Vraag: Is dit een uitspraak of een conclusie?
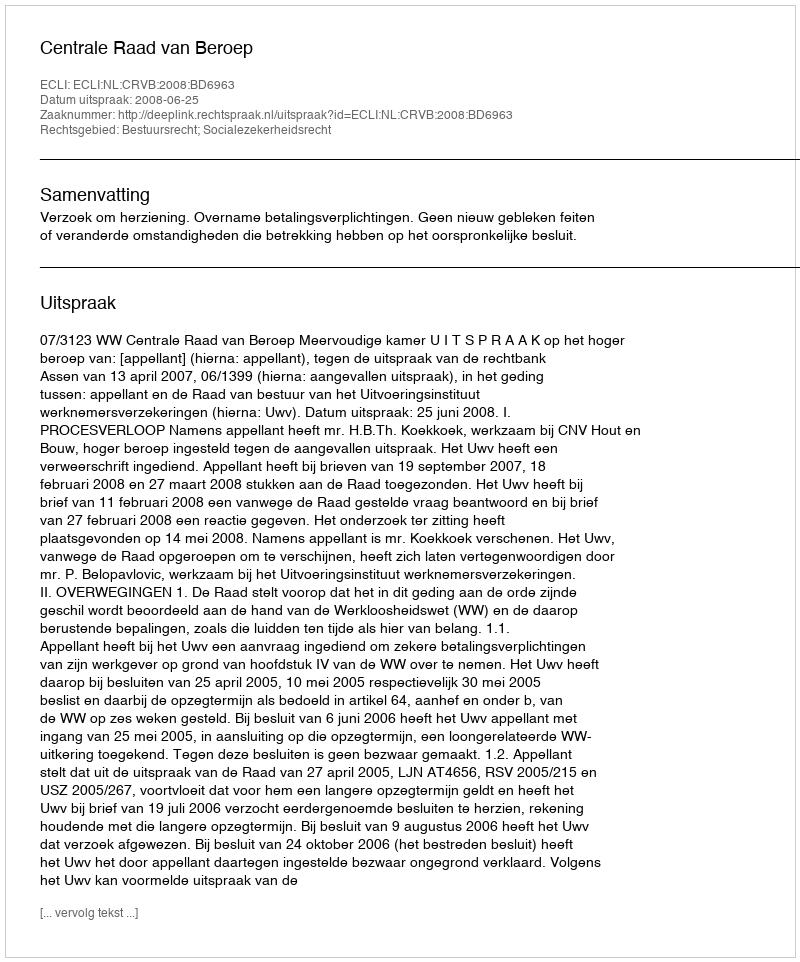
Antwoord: Uitspraak